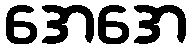
အေအေ